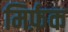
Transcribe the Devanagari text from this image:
मिर्फ़क